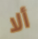
ألا